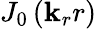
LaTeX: J_{0}\left(\mathbf{k}_{r}r\right)